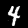
Label: 4